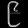
Digit: ၉